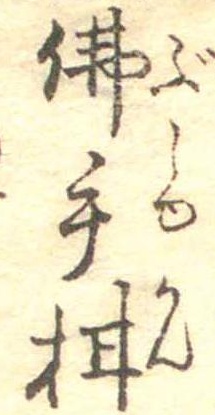
仏手柑